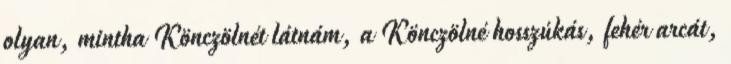
olyan, mintha Könczölnét látnám, a Könczölné hosszúkás, fehér arcát,